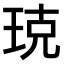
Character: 𤥣